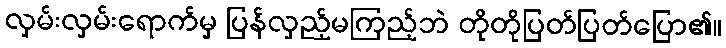
လှမ်းလှမ်းရောက်မှ ပြန်လှည့်မကြည့်ဘဲ တိုတိုပြတ်ပြတ်ပြော၏။